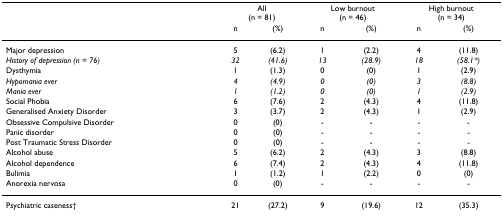
<table><thead><tr><td></td><td colspan="2"><b>All (n = 81)</b></td><td colspan="2"><b>Low burnout (n = 46)</b></td><td colspan="2"><b>High burnout (n = 34)</b></td></tr><tr><td></td><td><b>n</b></td><td><b>(%)</b></td><td><b>n</b></td><td><b>(%)</b></td><td><b>n</b></td><td><b>(%)</b></td></tr></thead><tbody><tr><td>Major depression</td><td>5</td><td>(6.2)</td><td>1</td><td>(2.2)</td><td>4</td><td>(11.8)</td></tr><tr><td><i>History of depression (n = 76)</i></td><td><i>32</i></td><td><i>(41.6)</i></td><td><i>13</i></td><td><i>(28.9)</i></td><td><i>18</i></td><td><i>(58.1*)</i></td></tr><tr><td>Dysthymia</td><td>1</td><td>(1.3)</td><td>0</td><td>(0)</td><td>1</td><td>(2.9)</td></tr><tr><td><i>Hypomania ever</i></td><td><i>4</i></td><td><i>(4.9)</i></td><td><i>0</i></td><td><i>(0)</i></td><td><i>3</i></td><td><i>(8.8)</i></td></tr><tr><td><i>Mania ever</i></td><td><i>1</i></td><td><i>(1.2)</i></td><td><i>0</i></td><td><i>(0)</i></td><td><i>1</i></td><td><i>(2.9)</i></td></tr><tr><td>Social Phobia</td><td>6</td><td>(7.6)</td><td>2</td><td>(4.3)</td><td>4</td><td>(11.8)</td></tr><tr><td>Generalised Anxiety Disorder</td><td>3</td><td>(3.7)</td><td>2</td><td>(4.3)</td><td>1</td><td>(2.9)</td></tr><tr><td>Obsessive Compulsive Disorder</td><td>0</td><td>(0)</td><td>-</td><td>-</td><td>-</td><td>-</td></tr><tr><td>Panic disorder</td><td>0</td><td>(0)</td><td>-</td><td>-</td><td>-</td><td>-</td></tr><tr><td>Post Traumatic Stress Disorder</td><td>0</td><td>(0)</td><td>-</td><td>-</td><td>-</td><td>-</td></tr><tr><td>Alcohol abuse</td><td>5</td><td>(6.2)</td><td>2</td><td>(4.3)</td><td>3</td><td>(8.8)</td></tr><tr><td>Alcohol dependence</td><td>6</td><td>(7.4)</td><td>2</td><td>(4.3)</td><td>4</td><td>(11.8)</td></tr><tr><td>Bulimia</td><td>1</td><td>(1.2)</td><td>1</td><td>(2.2)</td><td>0</td><td>(0)</td></tr><tr><td>Anorexia nervosa</td><td>0</td><td>(0)</td><td>-</td><td>-</td><td>-</td><td>-</td></tr><tr><td>Psychiatric caseness†</td><td>21</td><td>(27.2)</td><td>9</td><td>(19.6)</td><td>12</td><td>(35.3)</td></tr></tbody></table>